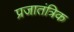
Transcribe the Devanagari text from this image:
प्रजातंत्रिक